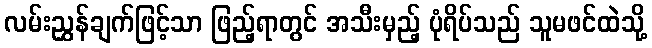
လမ်းညွှန်ချက်ဖြင့်သာ ဖြည့်ရာတွင် အသီးမှည့် ပုံရိပ်သည် သူမဖင်ထဲသို့